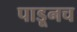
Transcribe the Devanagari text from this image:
पाडूनच